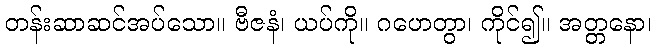
တန်းဆာဆင်အပ်သော။ ဗီဇနံ၊ ယပ်ကို။ ဂဟေတွာ၊ ကိုင်၍။ အတ္တနော၊